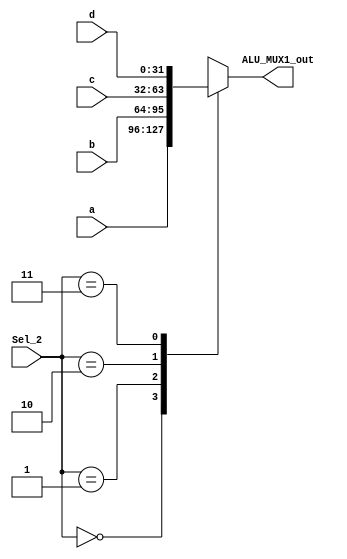
module Multiplexer_4x1(a,b,c,d,Sel_2,ALU_MUX1_out);
input[31:0] a,b,c,d;
input [1:0]Sel_2;
output reg[31:0] ALU_MUX1_out;
always @(*) begin
  case (Sel_2)
    2'b00: ALU_MUX1_out = a;
    2'b01: ALU_MUX1_out = b;
    2'b10: ALU_MUX1_out = c;
    2'b11: ALU_MUX1_out = d;
  endcase
end

endmodule